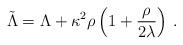
LaTeX: \begin{align*}\tilde{\Lambda} = \Lambda +\kappa^2\rho\left(1 +\frac{\rho}{2\lambda}\right) \,. \end{align*}